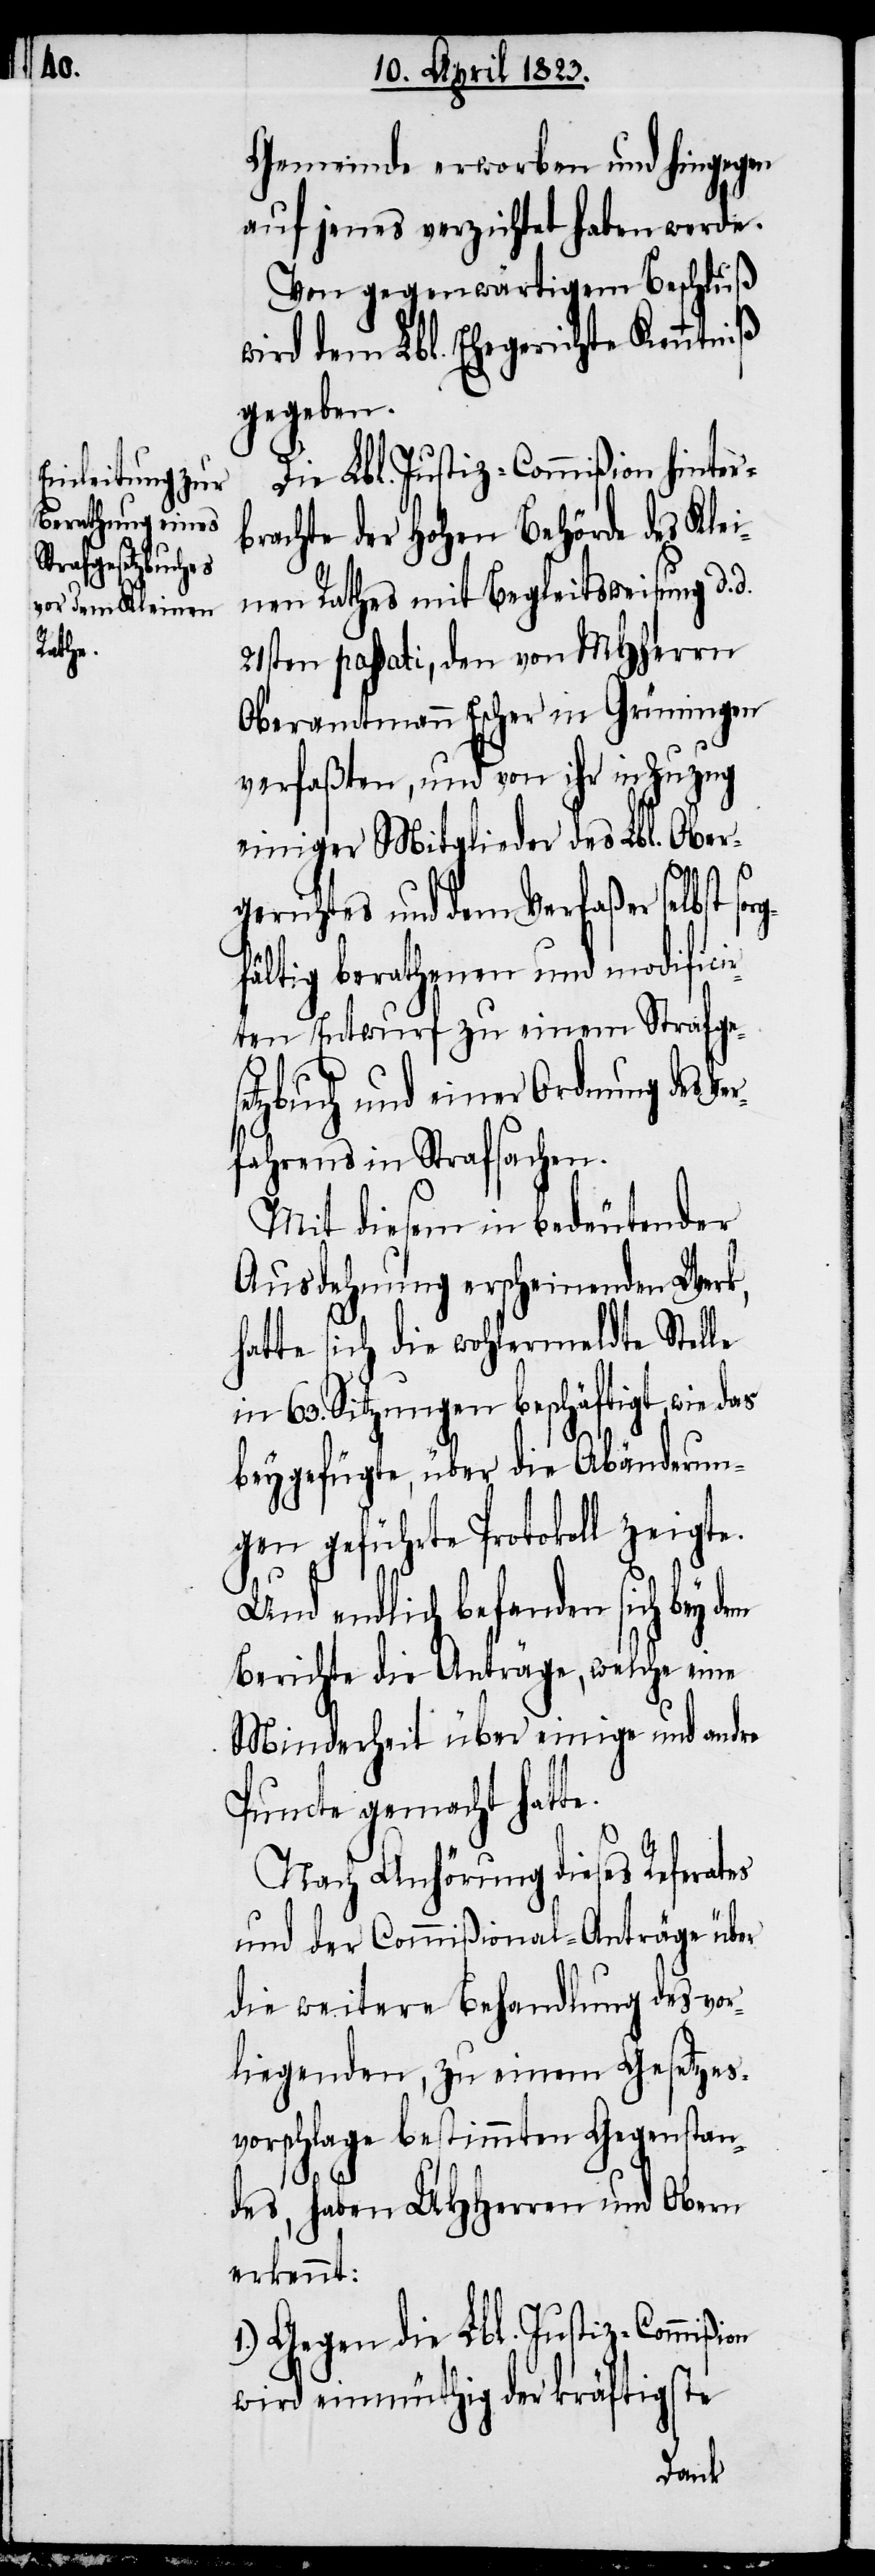
Gemeinde erworben und hingegen
auf jenes verzichtet haben werde.
Von gegenwärtigem Beschluß
wird dem Lbl. Ehegerichte Kenntniß
gegeben.
Die Lbl. Justiz-Commißion hinter¬
brachte der Hohen Behörde des Klei¬
nen Rathes mit Begleitsweisung d.
21sten passati, den von MHherrn
Oberamtmann Escher in Grüningen
verfaßten, und von ihr in Zuzug
einiger Mitglieder des Lbl. Ober¬
gerichtes und dem Verfaßer selbst so¬
fältig berathenen und modifici¬
rten Entwurf zu einem Strafges¬
etzbuch und einer Ordnung des Ve¬
rfahrens in Strafsachen.
Mit diesem in bedeutender
Ausdehnung erscheinenden Werk,
hatte sich die wohlermeldte Stelle
in 63. Sitzungen beschäftigt, wie das
beygefügte, über die Abänderun¬
gen geführte Protokoll zeigte.
Und endlich befanden sich bey dem
Berichte die Anträge, welche eine
Minderheit über einige und andre
Puncte gemacht hat¬
Nach Anhörung dieses Referates
und der Commißional-Anträge über
die weitere Behandlung des vor¬
liegenden, zu einem Gesetzes¬
vorschlage bestimmten Gegenstan¬
des, haben UHHerren und Obern
erkennt:
1.) Gegen die Lbl. Justiz-Commißion
wird einmüthig der kräftigste
te.